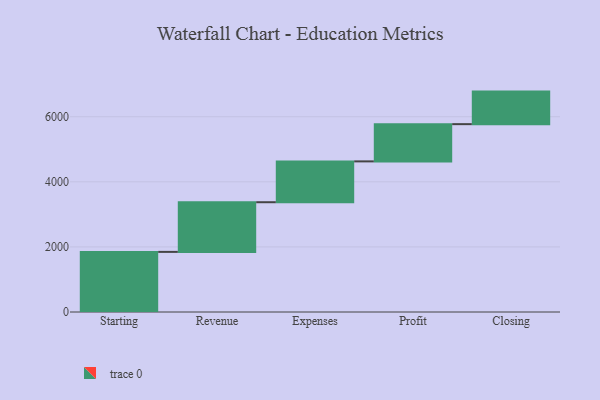
{"axis": {"x": "Step", "y": "Value"}, "legend": [""], "data": [{"x": "Starting", "y": 1847.0, "type": ""}, {"x": "Revenue", "y": 1526.0, "type": ""}, {"x": "Expenses", "y": 1255.0, "type": ""}, {"x": "Profit", "y": 1144.0, "type": ""}, {"x": "Closing", "y": 1000, "type": ""}]}